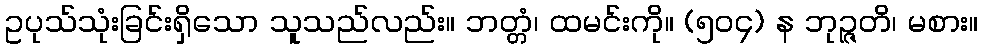
ဥပုသ်သုံးခြင်းရှိသော သူသည်လည်း။ ဘတ္တံ၊ ထမင်းကို။ (၅၀၄) န ဘုဉ္ဇတိ၊ မစား။